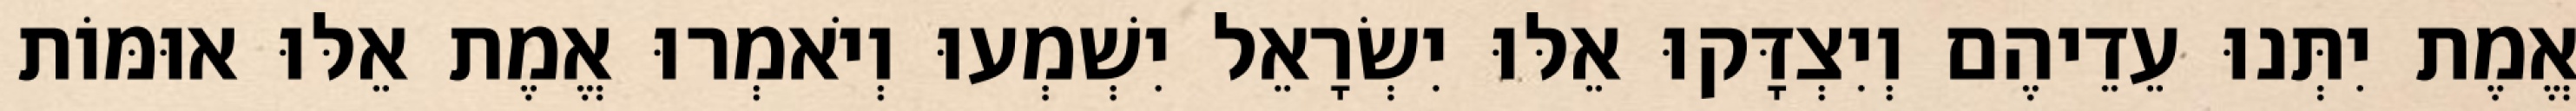
אֱמֶת יִתְּנוּ עֵדֵיהֶם וְיִצְדָּקוּ אֵלּוּ יִשְׂרָאֵל יִשְׁמְעוּ וְיֹאמְרוּ אֱמֶת אֵלּוּ אוּמּוֹת